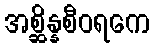
အစ္ဆိန္နစီဝရကေ